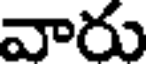
వారు